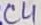
Text: C4